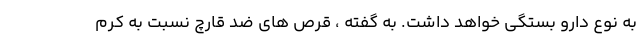
به نوع دارو بستگی خواهد داشت. به گفته ، قرص های ضد قارچ نسبت به کرم